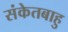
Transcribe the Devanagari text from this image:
संकेतबाहु